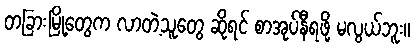
တခြားမြို့တွေက လာတဲ့သူတွေ ဆိုရင် စာအုပ်နီရဖို့ မလွယ်ဘူး။